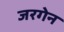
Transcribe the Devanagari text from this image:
जरगेन